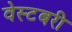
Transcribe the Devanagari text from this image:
वेस्टबरी